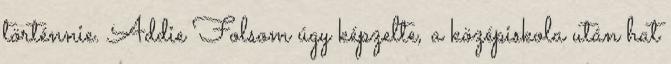
történnie. Addie Folsom úgy képzelte, a középiskola után hat